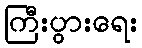
ကြီးပွားရေး